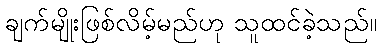
ချက်မျိုးဖြစ်လိမ့်မည်ဟု သူထင်ခဲ့သည်။